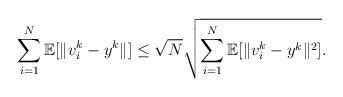
LaTeX: \begin{align*}\sum_{i=1}^N\mathbb{E}[ \|v_i^{k} - y^{k}\|]\le\sqrt{N}\sqrt{\sum_{i=1}^N \mathbb{E}[ \|v_i^{k} - y^{k}\|^2]}.\end{align*}